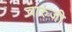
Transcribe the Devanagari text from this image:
वारुंजी